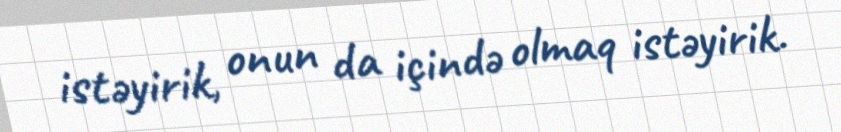
istəyirik, onun da içində olmaq istəyirik.